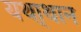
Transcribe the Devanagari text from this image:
यथा्थान